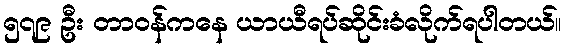
၅၇၉ ဦး တာဝန်ကနေ ယာယီရပ်ဆိုင်းခံလိုက်ရပါတယ်။